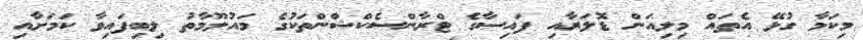
މިކަމާ ގުޅޭ އެތައް މިލިއަން ޑޮލަރާއި ފައިސާގެ ޓްރާންސެކްޝްންތަކުގެ މައުލޫމާތު ލިބިފައިވާ ކަމަށާއި